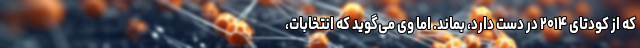
که از کودتای ۲۰۱۴ در دست دارد، بماند. اما وی می‌گوید که انتخابات،